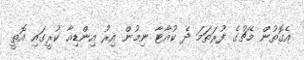
އެގޮތުން މެޗުގެ ފުރަތަމަ ދެ ކުއާޓާ ނިމުން އިރު އިންޑިއާ ކުރީގައި އޮތީ